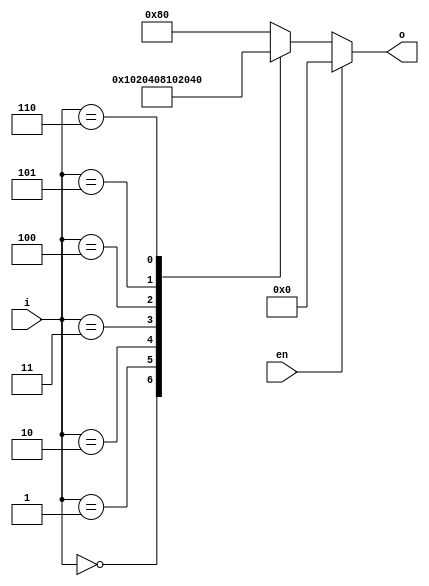
// Diseo:      subsistemas
// Archivo:     subsistema.v
// Descripcin: Ejemplos de subsistemas combinacionales en Verilog
// Autor:       Jorge Juan <jjchico@gmail.com>
// Fecha:       27/11/2009

/*
   Leccin 4-1: Subsistemas combinacionales

   Las herramientas de sntesis automtica de circuitos digitales emplean
   algoritmos para inferir los elementos de circuito ms adecuados
   (decodificadores, multiplexores, comparadores, etc.) a la hora de
   implementar la funcionalidad descrita en un lenguaje de descripcin de
   hardware. Para que el proceso sea eficiente, el diseador debe poner
   especial atencin en hacer descripciones simples y compatibles con los
   algoritmos de sntesis. Las descripciones tienen estas caractersticas se
   denominan "descripciones sintetizables".

   Se pueden enumerar multitud de criterios y recomendaciones con objeto de que
   una descripcin sea sintetizable, pero todos ellos pueden resumirse en la
   siguiente frase:

     "Si el diseador no es capaz de intuir cmo hacer la sntesis de una
     determinada descripcin, la herramienta de sntesis, probablemente,
     tampoco".

   Durante el proceso de sntesis, las herramientas informan de los elementos
   que van a emplear para implementar una descripcin.

   Esta leccin consta de tres partes separadas en tres archivos diferentes que
   deben seguirse en el orden indicado:

   subsistemas.v (este archivo): contiene ejemplos de diseo de diferentes
   subsistemas y un banco de pruebas para cada uno de ellos.

   bcd-7.v: contiene la especificacin de un convertidor de cdigo BCD a 7
   segmentos, el cual debe disearse como ejercicio.

   analisis.v: contiene un ejercicio en el que se debe describir y simular en
   Verilog un circuito suministrado como esquema.
*/

//////////////////////////////////////////////////////////////////////////
// Decodificador 3:8                                                    //
//////////////////////////////////////////////////////////////////////////

module dec8 (
    input wire en,          // habilitacin (enable) activo en bajo
    input wire [2:0] i,     // entradas
    output reg [7:0] o      // salidas
    /* Recuerda: para cada puerto de entrada o salida, el compilador define
    * una seal tipo 'wire' del mismo nombre. El tipo de seal puede
    * cambiarse declarndola explcitamente. Aqu se declara 'o' como reg
    * ya que va a emplearse como variable en un proceso 'always'. */
    );

    always @(en, i) begin
        if (en == 1)
            o = 8'h00;    // decodificador deshabilitado
        else begin
            case (i)
            /* Empleamos formato hexadecimal para "i" y binario
             * para "o" para facilitar la interpretacin del
             * cdigo. "_" es un separador opcional que facilita
             * la lectura de literales largos */
            3'h0:    o = 8'b0000_0001;
            3'h1:    o = 8'b0000_0010;
            3'h2:    o = 8'b0000_0100;
            3'h3:    o = 8'b0000_1000;
            3'h4:    o = 8'b0001_0000;
            3'h5:    o = 8'b0010_0000;
            3'h6:    o = 8'b0100_0000;
            /* Es una buena costumbre usar "default" para el
             * ltimo caso, aunque sea conocido, de esta forma
             * nos aseguramos de considerar todos los casos */
            default: o = 8'b10000000;
            endcase
        end
    end
endmodule // dec8

//////////////////////////////////////////////////////////////////////////
// Multiplexor 8:1                                                      //
//////////////////////////////////////////////////////////////////////////

module mux8_1 (
    input wire [2:0] sel,   // entradas de seleccin
    input wire [7:0] in,    // entradas de datos
    output reg out          // salida
    );

    always @(sel, in)
        /* La forma ms directa de describir un multiplexor es mediante
         * un bloque 'case'. */
        case (sel)
        3'h0:    out = in[0];
        3'h1:    out = in[1];
        3'h2:    out = in[2];
        3'h3:    out = in[3];
        3'h4:    out = in[4];
        3'h5:    out = in[5];
        3'h6:    out = in[6];
        default: out = in[7];
        endcase
endmodule // mux8_1

//////////////////////////////////////////////////////////////////////////
// Codificador de prioridad binario                                     //
//////////////////////////////////////////////////////////////////////////

module cod8 (
    input wire [7:0] in,    // entradas
    output reg [2:0] out,   // salida condificada
    output reg e            // salida de error (1-ninguna entrada activa)
    );

    always @(in) begin
        /* 'e' valdr cero salvo que alguna condicin posterior
         * cambie su valor */
        e = 0;
        /* 'case' tambin es una buena forma de describir el
         * codificador porque la decisin se toma en funcin de una
         * nica seal (in). 'casex' es como 'case' pero trata valores
         * desconocidos ('x') como inespecificaciones, lo que permite
         * expresar de forma muy compacta las comparaciones. */
        casex (in)
        8'b1xxxxxxx: out = 3'h7;
        8'b01xxxxxx: out = 3'h6;
        8'b001xxxxx: out = 3'h5;
        8'b0001xxxx: out = 3'h4;
        8'b00001xxx: out = 3'h3;
        8'b000001xx: out = 3'h2;
        8'b0000001x: out = 3'h1;
        8'b00000001: out = 3'h0;
        default: begin    // ninguna entrada activa
            out = 3'h0;
            e = 1;
        end
        endcase
    end
endmodule // cod8

//////////////////////////////////////////////////////////////////////////
// Comparador de 4 bits                                                 //
//////////////////////////////////////////////////////////////////////////

module comp4 (
    input wire [3:0] a, // nmero a
    input wire [3:0] b, // nmero b
    input wire g0,      // entradas para conexin en cascada
    input wire e0,      // y salidas de la comparacin
    input wire l0,      //   si a > b => (g,e,l) = (1,0,0)
    output reg g,       //   si a < b => (g,e,l) = (0,0,1)
    output reg e,       //   si a = b => (g,e,l) = (g0,e0,l0)
    output reg l
);

    /* Obsrvese cmo se ha empleado el operador de concatenacin '{...}'
     * que combina varios vectores para formar un vector mayor. Aqu se ha
     * empleado para hacer ms claras y compactas las asignaciones de
     * valores a 'g', 'e' y 'l'. */
    always @(a, b, g0, e0, l0) begin
        if (a > b)
            {g,e,l} = 3'b100;
        else if (a < b)
            {g,e,l} = 3'b001;
        else
            {g,e,l} = {g0,e0,l0};
    end
endmodule

/*
 * BANCOS DE PRUEBA
 *
 * Este archivo contiene un banco de pruebas para cada mdulo diseado. La
 * ejecucin de cada banco de pruebas se controla mediante la definicin de
 * macros en el momento de la compilacin (opcin -D o similar del compilador).
 * Las macros empleadas son:
 *    TEST_DEC: decodificador
 *    TEST_MUX: multiplexor
 *    TEST_COD: codificador de prioridad
 *    TEST_COMP: comparador
 */

// Banco de pruebas para dec8

`ifdef TEST_DEC

module test ();

    reg [3:0] count;    // contador para facilitar el test
    wire enable;        // habilitacin
    wire [2:0] in;      // entrada del decodificador
    wire [7:0] out;     // salida del decodificador

    dec8 uut(.en(enable), .i(in), .o(out));

    /* Empleamos el registro auxiliar 'count' para facilitar la generacin
     * de todos los posibles valores de entrada al contador. Un bit de
     * 'count' se asigna a la entrada de habilitacin y el resto a las
     * entradas de datos. */
    assign enable = count[3];
    assign in = count[2:0];

    initial begin
        // Iniciamos las entradas
        count = 0;

        // Generamos la salida
        $display("en in  out");
        $monitor("%b  %h   %b", enable, in, out);

        // Finalizamos la simulacin
        #160 $finish;
    end

    /* Para generar todos los posibles valores de entrada basta con
     * ir incrementando el valor de 'count' cada cierto tiempo. */
    always
        #10 count = count + 1;
endmodule // test

// Banco de pruebas para mux8_1

`elsif TEST_MUX

module test ();

    reg [2:0] sel;                // entrada de seleccin
    wire [7:0] in = 8'b01010101;  // entrada de datos con valor fijo
    wire out;                     // salida del multiplexor

    mux8_1 uut(.sel(sel), .in(in), .out(out));

    initial begin
        sel = 0;

        $display("sel out");
        $monitor("%h   %b", sel, out);

        #80 $finish;
    end

    /* Para comprobar el multiplexor vamos seleccionando todas las
     * entradas una a una y comprobamos que la salida es correcta. */
    always
        #10 sel = sel + 1;

endmodule // test

// Banco de pruebas para cod8

`elsif TEST_COD

module test ();

    reg  [23:0] data;  // seal auxiliar para test
    wire [7:0] in;     // entrada del codificador
    wire [2:0] out;    // salida del codificador
    wire e;            // salida de error (1-ninguna entrada a 1)

    /* La entrada al codificador se toma de los 8 bits ms significativos
     * de 'data' */
    assign in = data[23:16];
    cod8 uut(.in(in), .out(out), .e(e));

    initial begin
        /* 'data' se emplea para contener los datos a aplicar como
         * entrada al codificador. Los datos se aplican sucesivamente
         * desplazando el contenido de 'data' a la izquierda. El valor
         * inicial de 'data' permite observar el funcionamiento del
         * codificador cuando se activa una sola entrada o cuando se
         * activan varias con objeto de comprobar que la prioridad
         * funciona correctamente. Por claridad el valor inicial se
         * expresa en binario. Los '_' son separadores opcionales que
         * facilitan la lectura de literales con muchas cifras. */
        data = 24'b00000001_00000000_11111111;

        $display("in       out e");
        $monitor("%b %h   %b", in, out, e);

        #240 $finish;
    end

    /* Desplazamos 'data' a la izquierda cada cierto tiempo para aplicar
     * los diferentes valores de entrada. Observe el operador de
     * desplazamiento '<<'. */
    always
        #10 data = data << 1;    // desplaza un bit a la izquierda
endmodule // test

// Banco de pruebas para comp4

`elsif TEST_COMP

`ifndef NP
    `define NP 20    // nmero de patrones a aplicar en el test
`endif
`ifndef SEED
    `define SEED 1   // semilla inicial para generar patrones aleatorios
`endif

module test ();

    reg g0, e0, l0;        // entradas en cascada
    reg [3:0] a;           // nmero 'a'
    reg [3:0] b;           // nmero 'b'
    wire g, e, l;          // resultado de la comparacin
    integer np;            // variable auxiliar (nmero de patrones)
    integer seed = `SEED;  // variable auxiliar (semilla)

    comp4 uut(.a(a), .b(b), .g0(g0), .e0(e0), .l0(l0), .g(g), .e(e), .l(l));

    initial begin
        /* 'np' se emplear como contador del nmero de patrones de
         * test a aplicar. Su valor inicial se carga de la macro 'NP' */
        np = `NP;
        /* Las entradas en cascada se fijan al valor '010' */
        {g0,e0,l0} = 3'b010;

        $display("A B  g0e0l0  g e l");
        $monitor("%h %h  %b %b %b   %b %b %b",
                   a, b, g0, e0, l0, g, e, l);
    end

    /* Cada 10ns 'a' y 'b' se asignan con valores aleatorios. El contador
     * 'np' se decrementa para finalizar la simulacin despus de un
     * cierto nmero de patrones aplicados. Puede cambiarse el nmero
     * de patrones definiendo un valor diferente de 'NP'. Pueden probarse
     * otras secuencias pseudoaleatorias definiendo un valor diferente de
     * 'SEED' */
    always begin
        #10
        a = $random(seed);
        b = $random(seed);
        np = np - 1;
        if (np == 0)
            $finish;
    end
endmodule

`else

// Banco de pruebas informativo. Muestra opciones de compilacin.

module info ();

    initial begin
        $display("Seleccione un banco de pruebas definiendo una ",
          "de las siguientes macros:");
        $display("  TEST_DEC: decodificador");
        $display("  TEST_MUX: multiplexor");
        $display("  TEST_COD: codificador de prioridad");
        $display("  TEST_COMP: comparador de magnitudes");
        $display("    SEED: semilla para patrones aleatorios ",
          "(opcional)");
        $display("    NP: numero de patrones a aplicar (opcional)");
        $display("Ejemplos:");
        $display("  iverilog -DTEST_DEC subsistemas.v");
        $display("  iverilog -DTEST_COMP -DNP=200 subsistemas.v");
        $finish;
    end
endmodule

`endif

/*
   EJERCICIOS

   1. Compruebe cada mdulo definido en este archivo ejecutando sus
      correspondientes bancos de prueba.

   2. Basndose en el comparador de 4 bits de ejemplo (comp4) disee un
      comparador (comp8) y su banco de pruebas de modo que:
      - El comparador opere sobre nmeros de 8 bits.
      - No tenga entradas en cascada.
      - Su banco de pruebas muestre los nmero 'a' y 'b' en decimal.
      - El banco de pruebas simule 100 patrones por defecto.
      Realice el diseo en archivos aparte y compruebe su correcto
      funcionamiento.
*/